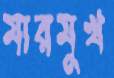
মারমুখ